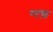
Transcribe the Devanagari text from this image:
न्त्फ़